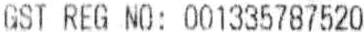
GST REG NO: 001335787520